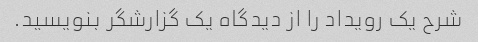
شرح یک رویداد را از دیدگاه یک گزارشگر بنویسید.